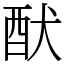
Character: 䣭